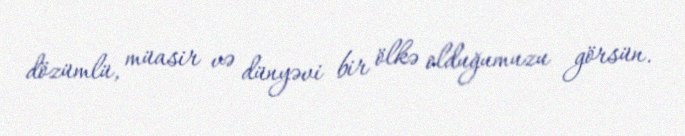
dözümlü, müasir və dünyəvi bir ölkə olduğumuzu görsün.